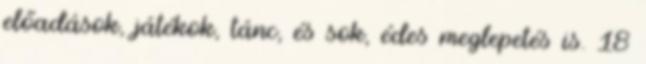
előadások, játékok, tánc, és sok, édes meglepetés is. 18